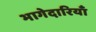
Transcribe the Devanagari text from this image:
भागेदारियाँ